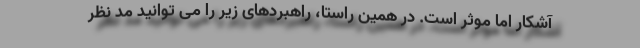
آشکار اما موثر است. در همین راستا، راهبردهای زیر را می توانید مد نظر